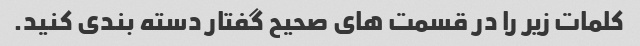
کلمات زیر را در قسمت های صحیح گفتار دسته بندی کنید.